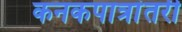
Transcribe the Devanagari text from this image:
कनकपात्रांतरी